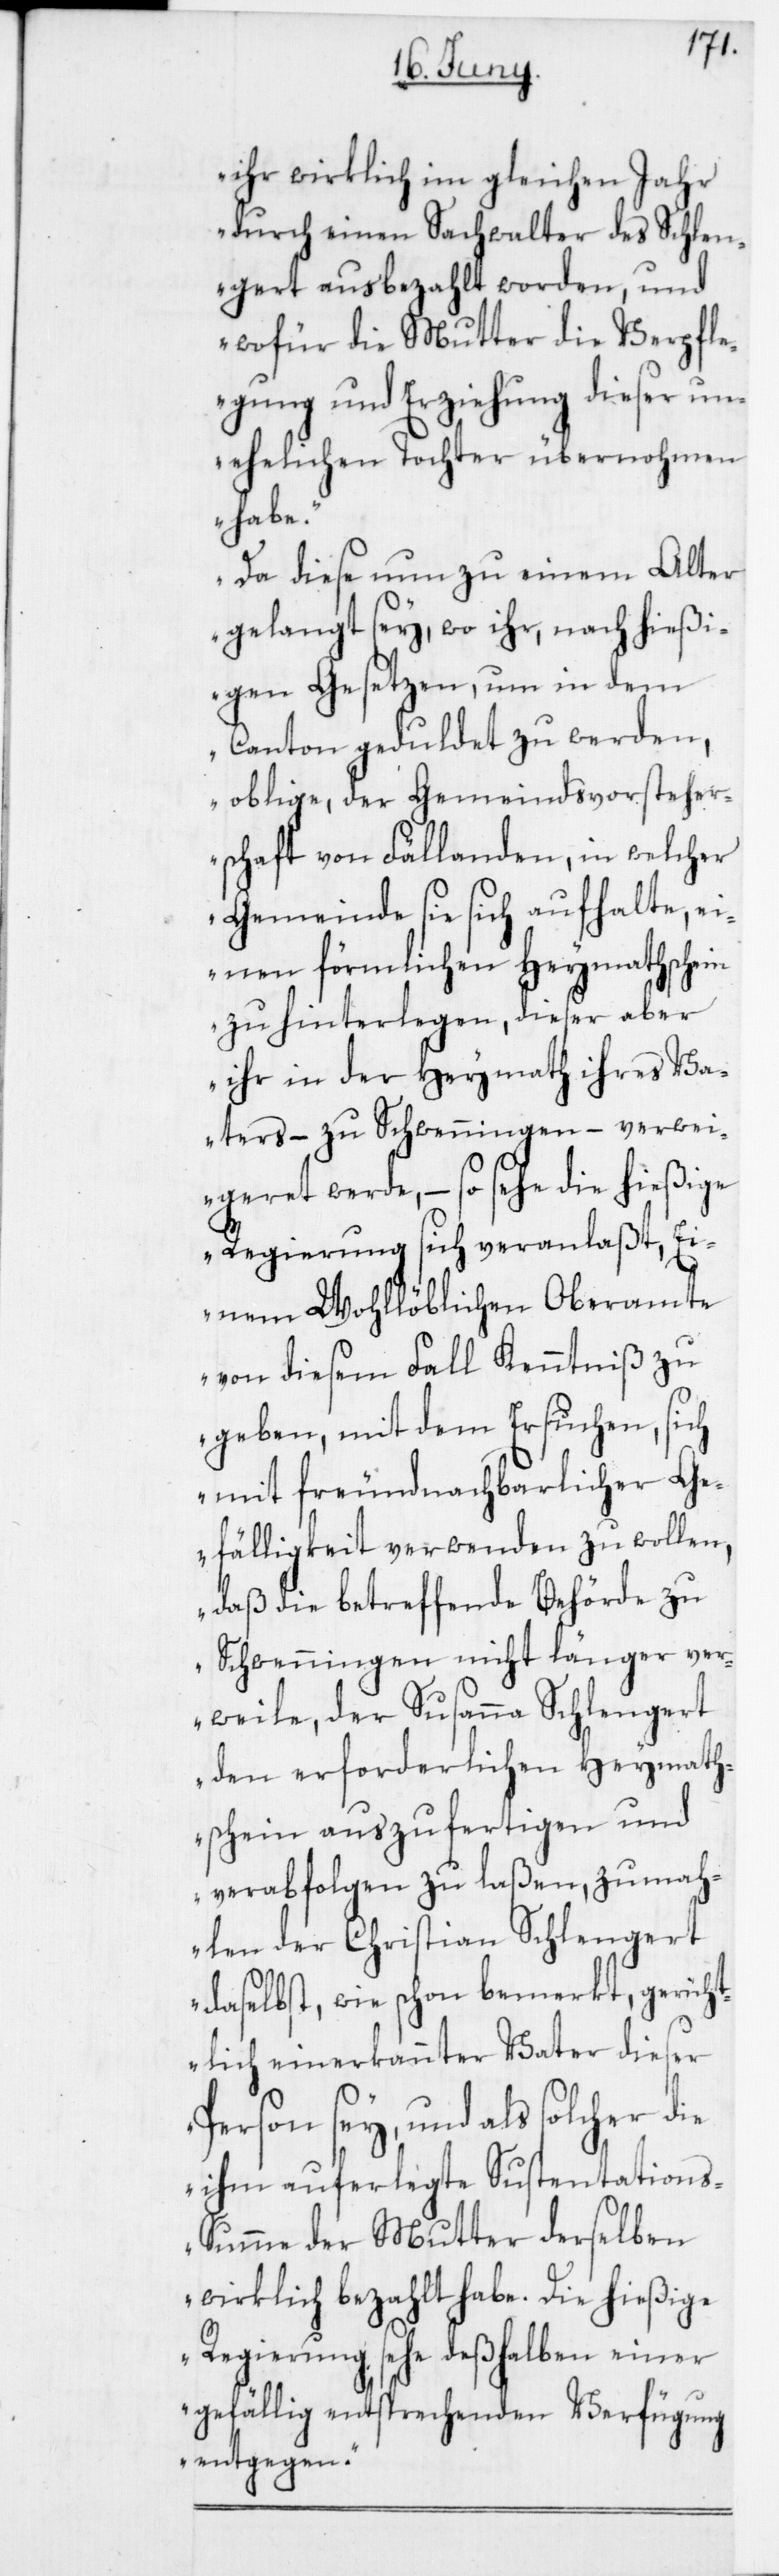
ihr wirklich im gleichen Jahr
durch einen Sachwalter des Schlen¬
gert ausbezahlt worden, und
wofür die Mutter die Verpfl¬
egung und Erziehung dieser un¬
ehelichen Tochter übernohmen
habe.
Da diese nun zu einem Alter
gelangt sey, wo ihr, nach hießi¬
gen Gesetzen, um in dem
Canton geduldet zu werden,
oblige, der Gemeindsvorsteher¬
schaft von Fällanden, in welcher
Gemeinde sie sich aufhalte, ei¬
nen förmlichen Heymathschein
zu hinterlegen, dieser aber
ihr in der Heymath ihres Va¬
ters – zu Schwenningen – verwei¬
geret werde, – so sehe die hießige
Regierung sich veranlaßt, Ei¬
nem Wohllöblichen Oberamte
von diesem Fall Kenntniß zu
geben, mit dem Ersuchen, sich
mit freundnachbarlicher Ge¬
fälligkeit verwenden zu wollen,
daß die betreffende Behörde zu
Schwenningen nicht länger ver¬
weile, der Susanna Schlengert
den erforderlichen Heymath¬
schein auszufertigen und
verabfolgen zu laßen, zumah¬
len der Christian Schlengert
gerich¬
daselbst, wie schon bem¬
erkt,
tlich einerkannter Vat¬
en.“
Person sey, und als
ihm auferlegte Sustentation¬
s-Summe der Mutter derselben
wirklich bezahlt habe. Die hießige
Regierung sehe deßhalben einer
gefällig entsprechenden Ver¬
fügung
entgeg¬